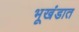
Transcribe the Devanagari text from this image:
भूखंडात